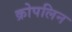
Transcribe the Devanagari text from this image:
क्रोपलिन